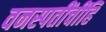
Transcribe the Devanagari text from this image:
वनस्पतींचींहि